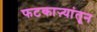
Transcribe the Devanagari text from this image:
फटकाऱ्यांतून